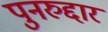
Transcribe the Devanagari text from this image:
पुनरुद्दार